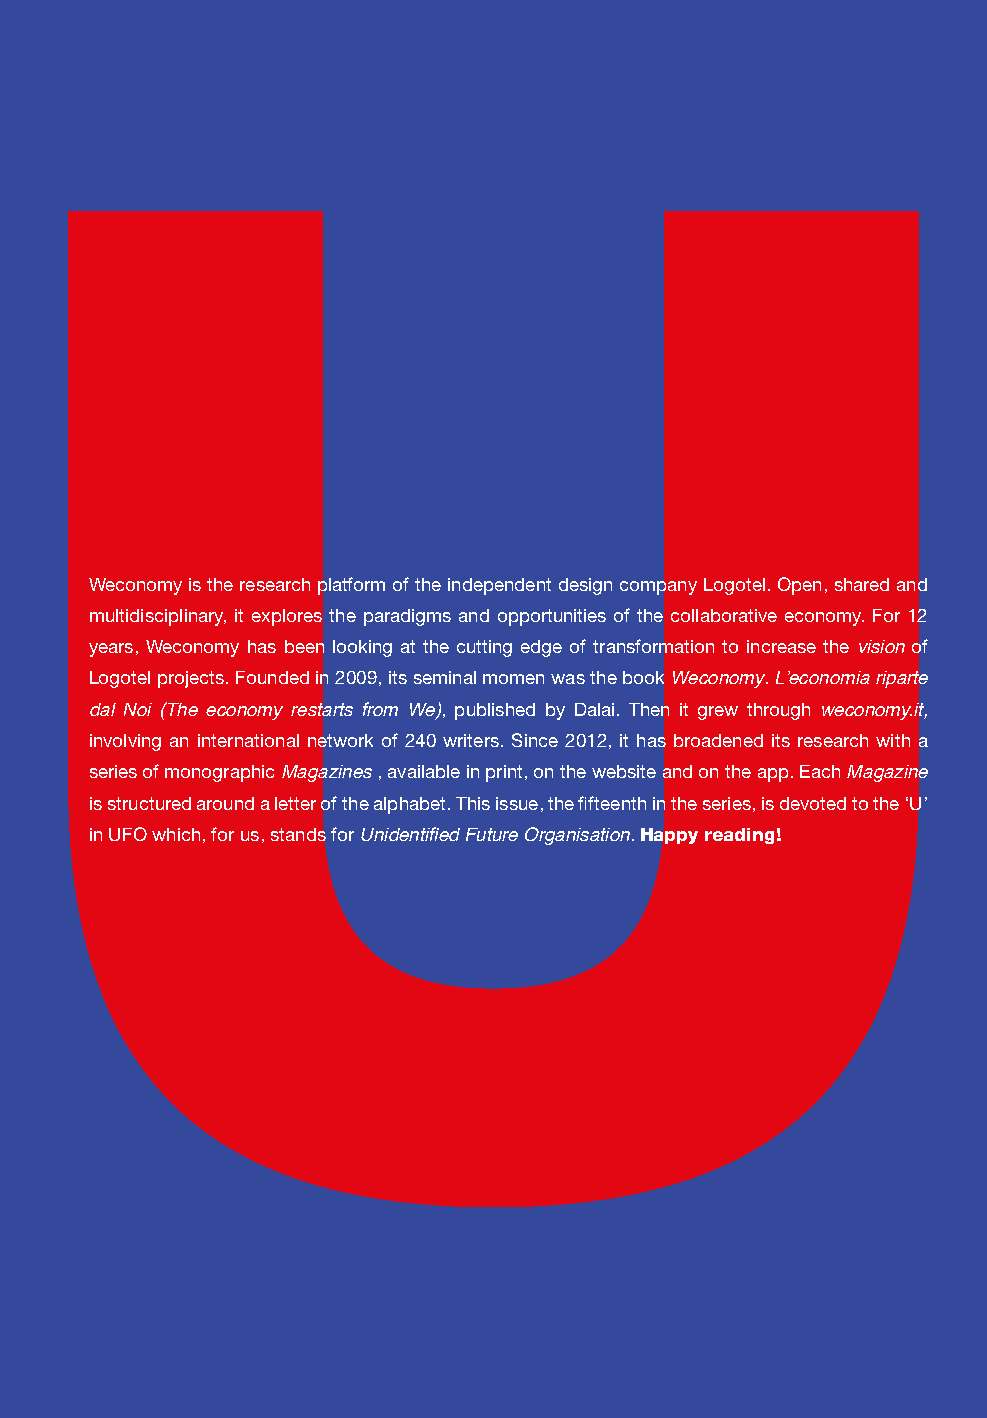
milan 45°27′50.98″N 9°11′25.21″E intro    weconomy     1
 Weconomy is the research platform of the independent design company Logotel. Open, shared and
 multidisciplinary, it explores the paradigms and opportunities of the collaborative economy. For 12
 years, Weconomy has been looking at the cutting edge of transformation to increase the vision of
 Logotel projects. Founded in 2009, its seminal momen was the book Weconomy. L’economia riparte
 dal Noi (The economy restarts from We), published by Dalai. Then it grew through weconomy.it,
 involving an international network of 240 writers. Since 2012, it has broadened its research with a
 series of monographic Magazines , available in print, on the website and on the app. Each Magazine
 is structured around a letter of the alphabet. This issue, the fifteenth in the series, is devoted to the ‘U’
 in UFO which, for us, stands for Unidentified Future Organisation. Happy reading!